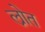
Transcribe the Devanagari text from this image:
ल्रोत